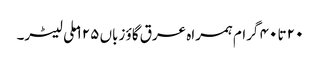
۲۰ تا ۴۰ گرام ہمراہ عرق گاؤ زباں ۱۲۵ ملی لیٹر۔